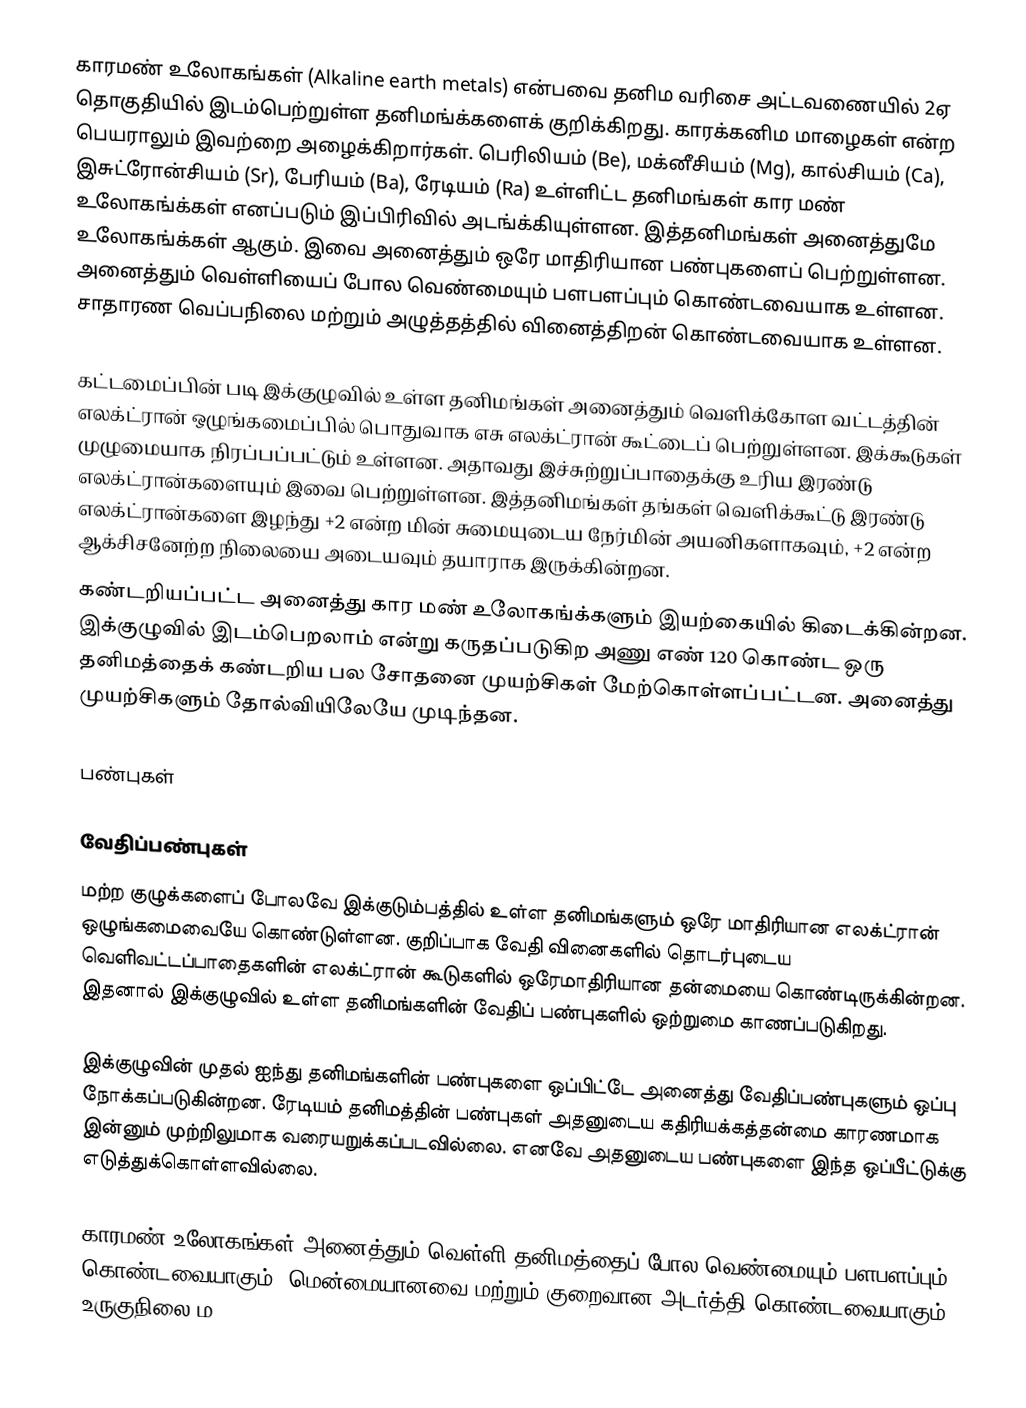
காரமண் உலோகங்கள் (Alkaline earth metals) என்பவை தனிம வரிசை அட்டவணையில்  2ஏ தொகுதியில் இடம்பெற்றுள்ள தனிமங்க்களைக் குறிக்கிறது.  காரக்கனிம மாழைகள் என்ற பெயராலும் இவற்றை அழைக்கிறார்கள். பெரிலியம் (Be), மக்னீசியம் (Mg), கால்சியம் (Ca), இசுட்ரோன்சியம் (Sr), பேரியம் (Ba), ரேடியம் (Ra) உள்ளிட்ட தனிமங்கள் கார மண் உலோகங்க்கள் எனப்படும் இப்பிரிவில் அடங்க்கியுள்ளன. இத்தனிமங்கள் அனைத்துமே உலோகங்க்கள் ஆகும். இவை அனைத்தும் ஒரே மாதிரியான பண்புகளைப் பெற்றுள்ளன. அனைத்தும் வெள்ளியைப் போல வெண்மையும் பளபளப்பும் கொண்டவையாக உள்ளன. சாதாரண வெப்பநிலை மற்றும் அழுத்தத்தில் வினைத்திறன் கொண்டவையாக உள்ளன.

கட்டமைப்பின் படி இக்குழுவில் உள்ள தனிமங்கள் அனைத்தும் வெளிக்கோள வட்டத்தின் எலக்ட்ரான் ஒழுங்கமைப்பில் பொதுவாக எசு எலக்ட்ரான் கூட்டைப் பெற்றுள்ளன. இக்கூடுகள் முழுமையாக நிரப்பப்பட்டும் உள்ளன. அதாவது இச்சுற்றுப்பாதைக்கு உரிய இரண்டு எலக்ட்ரான்களையும் இவை பெற்றுள்ளன. இத்தனிமங்கள் தங்கள் வெளிக்கூட்டு இரண்டு எலக்ட்ரான்களை இழந்து +2 என்ற மின் சுமையுடைய நேர்மின் அயனிகளாகவும், +2 என்ற ஆக்சிசனேற்ற நிலையை அடையவும் தயாராக இருக்கின்றன.
கண்டறியப்பட்ட அனைத்து கார மண் உலோகங்க்களும் இயற்கையில் கிடைக்கின்றன. இக்குழுவில் இடம்பெறலாம் என்று கருதப்படுகிற அணு எண் 120 கொண்ட  ஒரு தனிமத்தைக் கண்டறிய பல சோதனை முயற்சிகள் மேற்கொள்ளப்பட்டன. அனைத்து முயற்சிகளும் தோல்வியிலேயே முடிந்தன.

பண்புகள்

வேதிப்பண்புகள்
மற்ற குழுக்களைப் போலவே இக்குடும்பத்தில் உள்ள தனிமங்களும் ஒரே மாதிரியான எலக்ட்ரான் ஒழுங்கமைவையே கொண்டுள்ளன. குறிப்பாக வேதி வினைகளில் தொடர்புடைய வெளிவட்டப்பாதைகளின் எலக்ட்ரான் கூடுகளில் ஒரேமாதிரியான தன்மையை கொண்டிருக்கின்றன. இதனால் இக்குழுவில் உள்ள தனிமங்களின் வேதிப் பண்புகளில் ஒற்றுமை காணப்படுகிறது.

இக்குழுவின் முதல் ஐந்து தனிமங்களின்  பண்புகளை ஒப்பிட்டே அனைத்து வேதிப்பண்புகளும் ஒப்பு நோக்கப்படுகின்றன. ரேடியம் தனிமத்தின் பண்புகள் அதனுடைய கதிரியக்கத்தன்மை காரணமாக இன்னும் முற்றிலுமாக வரையறுக்கப்படவில்லை. எனவே  அதனுடைய பண்புகளை இந்த ஒப்பீட்டுக்கு எடுத்துக்கொள்ளவில்லை.

காரமண் உலோகங்கள் அனைத்தும் வெள்ளி தனிமத்தைப் போல வெண்மையும் பளபளப்பும் கொண்டவையாகும். மென்மையானவை மற்றும் குறைவான அடர்த்தி கொண்டவையாகும். உருகுநிலை ம